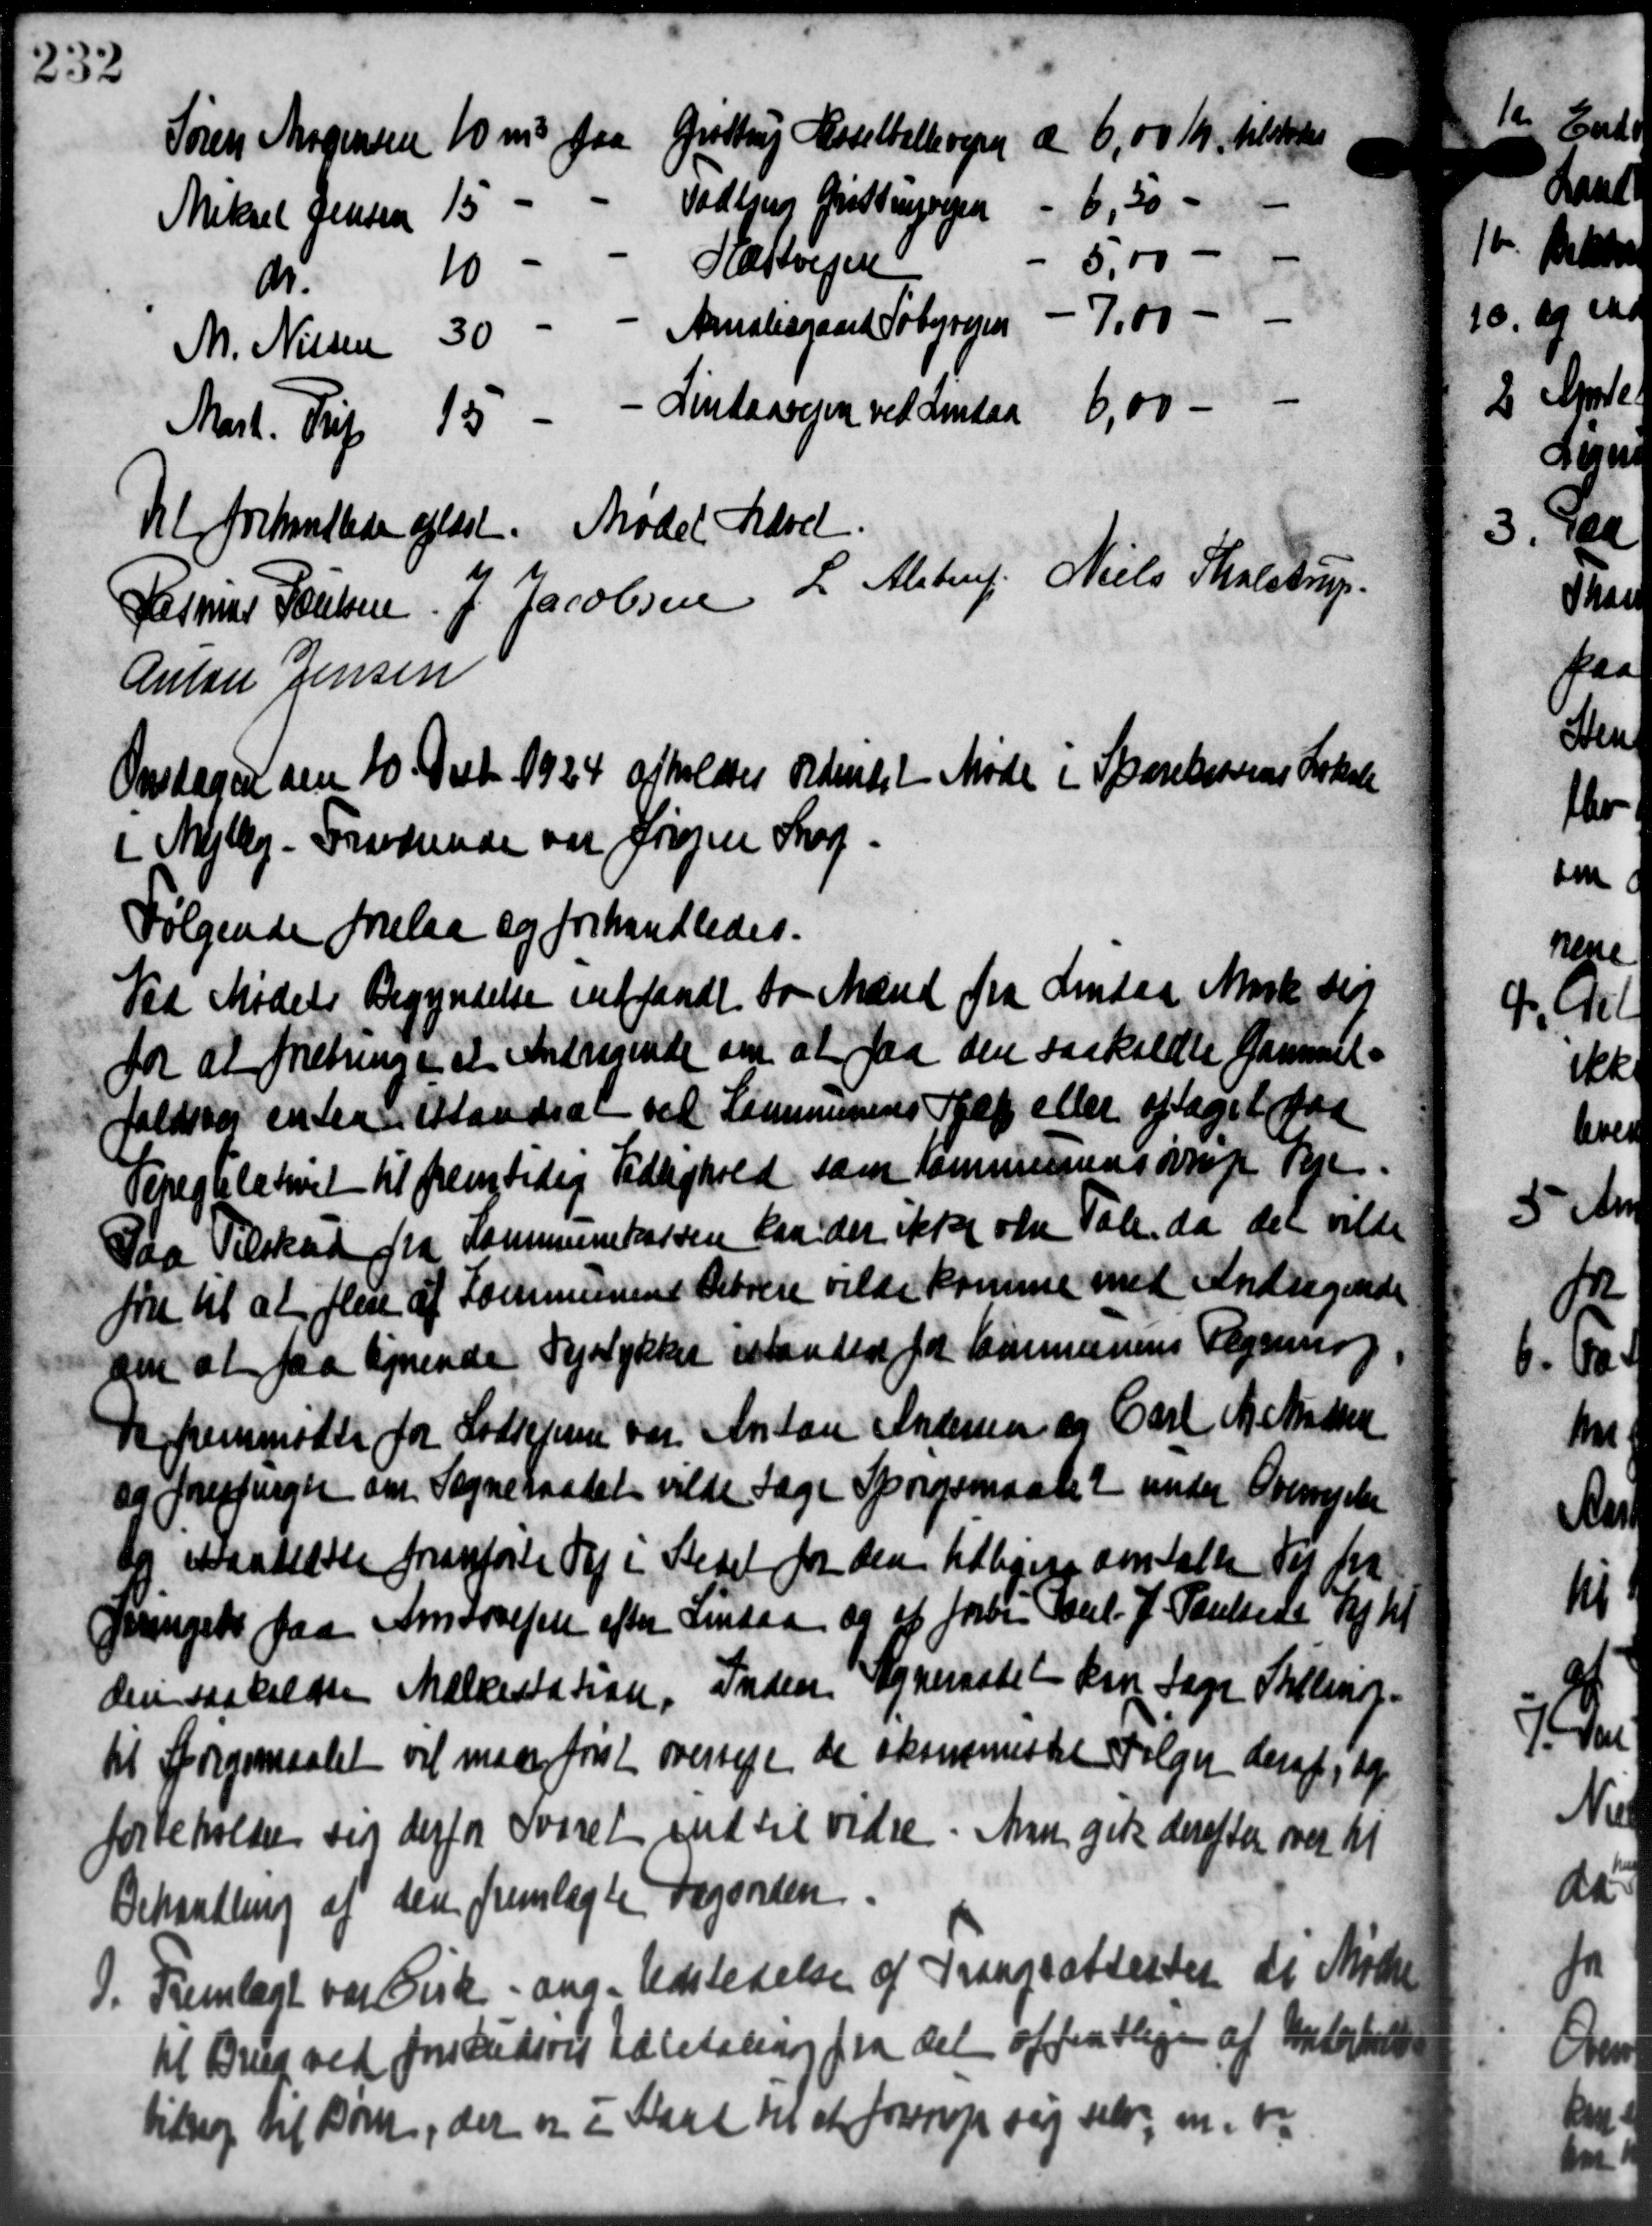
Transskription:
10 m3 paa
Grøttrup Hesselballevejen d 6,00 Kr. tilstodes
Søren Mogensen
- 6,50 -
Vadbjerg Gristingsrejsen
15 -
Mikael Jensen
5.00 - -
Hæssvejen
10 -
dr.
- 7,00 - -
Amalisgaard Søbyvejen
M. Nielsen 30 -
6,00 - -
Mast. Trip 15 - - Lindaavejen ved Lindaa
Del forhandlede afløst. Mødet hævet.
Rasmus Poulsen J Jacobsen L. Alstrup Niels Tholstrup
Anton Jensen
Onsdagen den 10 Decbr. 1924 afholdtes Ordentet Møde i Sparekassens Lokale
i Mejlby - Fradrende var Jørgen Sog
Følgende forelaa og forhandledes.
Vad Mødets Begyndelse indfandt to Mænd fra Lindaa Mark sig
for at forretninge at Andragende om at faa den saakaldte Gammel-
faldster en saa istandsat ved Kommunens Hjælp eller optaget faa
Tiregulativet til fremtidig Tidlighold som Kommunens øvrige Veje
Paa Tilskud fra Kommunekassen kan der ikke være Tale, da der vilde
fru til at flere af Kommunens Beboere vilde komme med Andragende
om at faa lignende Lystrykket istander for Communens Regning
Der fremmødte for Lodsejerne var Anton Andersen og Carl N. Madsen
og forespurgte om Sogneraadet vilde tage Spørgsmaalet under Oversigelse
b. Maalelse fremførte Vej i Stedet for den tidliges omtalte Vej fra
Jernget paa Amtsvejen efter Lindaa og at forbi. Paul. J. Poulsens Sogn
den saakaldte Mælkestation, Inden Sogneraadet kan tage Skolens-
til Spørgsmaalet vil maa først oversige de økonomiske Følger deraf de
forbeholder sig derfor Svaret ind til vidre. Arne give derefter over til
Behandling af den fremlagtes Dagenden
9. Fremlagt var Cirk. ang. Udstedelse af Trangsattester di Møde
9. Fremlagt var Cirk. ang. Udstedelse af Trangsattester di Møde
til Brug ved forskudsvis Udbetaling fra det offentlige af Underskud
bidrag til Børn, der er i Karl til at forrige sig selv, m. v.